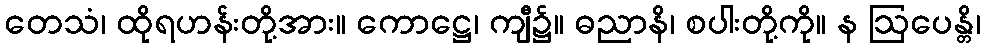
တေသံ၊ ထိုရဟန်းတို့အား။ ကောဋ္ဌေ၊ ကျီ၌။ ဓညာနိ၊ စပါးတို့ကို။ န ဩပေန္တိ၊